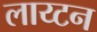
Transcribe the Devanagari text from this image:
लाय्टन